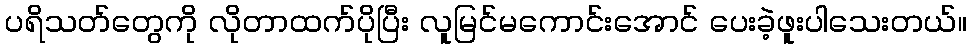
ပရိသတ်တွေကို လိုတာထက်ပိုပြီး လူမြင်မကောင်းအောင် ပေးခဲ့ဖူးပါသေးတယ်။